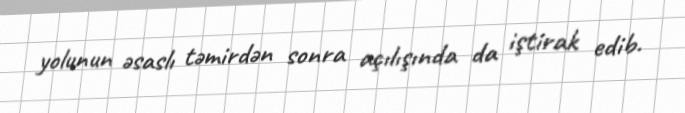
yolunun əsaslı təmirdən sonra açılışında da iştirak edib.